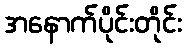
အနောက်ပိုင်းတိုင်း